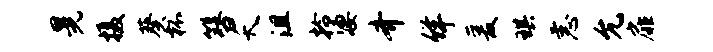
晃摄葵杯簪夭沮拎凄齐佯爰琪恚允扉